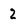
Character: 2